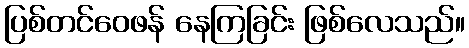
ပြစ်တင်ဝေဖန် နေကြခြင်း ဖြစ်လေသည်။